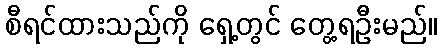
စီရင်ထားသည်ကို ရှေ့တွင် တွေ့ရဦးမည်။